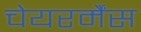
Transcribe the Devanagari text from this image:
चेयरर्मैंस